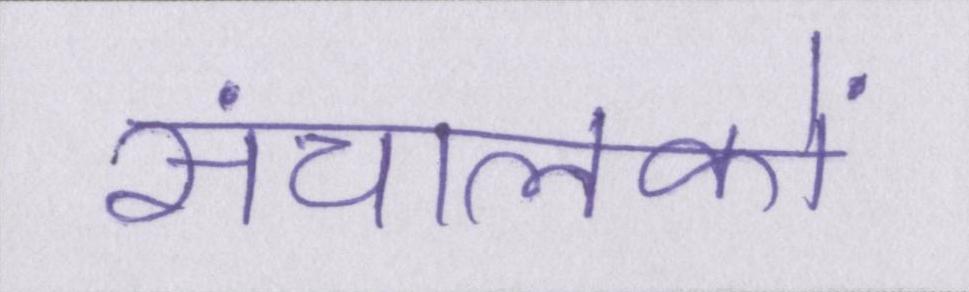
संचालकों